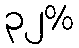
၃၂%